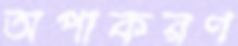
অপাকরণ